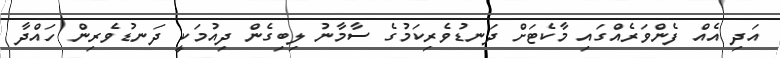
އަދި އެއް ފެންވަރެއްގައި މާކެޓަށް ދަނޑުވެރިކަމުގެ ސާމާނު ލިބިގެން ދިއުމަކީ ދަނޑުވެރިން ހައްދާ